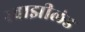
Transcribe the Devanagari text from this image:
स्वाझीलंड